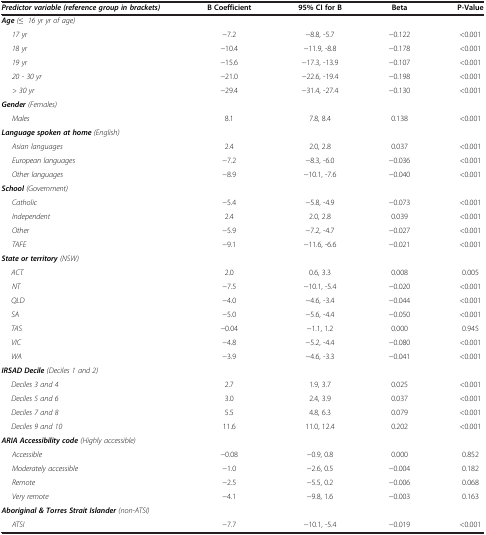
<table><thead><tr><td><b><i>Predictor variable (reference group in brackets)</i></b></td><td><b>B Coefficient</b></td><td><b>95% CI for B</b></td><td><b>Beta</b></td><td><b>P-Value</b></td></tr></thead><tbody><tr><td><b><i>Age</i></b><i>(≤ 16 yr yr of age)</i></td><td> </td><td> </td><td> </td><td> </td></tr><tr><td><i>17 yr</i></td><td>−7.2</td><td>−8.8, -5.7</td><td>−0.122</td><td>&lt;0.001</td></tr><tr><td><i>18 yr</i></td><td>−10.4</td><td>−11.9, -8.8</td><td>−0.178</td><td>&lt;0.001</td></tr><tr><td><i>19 yr</i></td><td>−15.6</td><td>−17.3, -13.9</td><td>−0.107</td><td>&lt;0.001</td></tr><tr><td><i>20 - 30 yr</i></td><td>−21.0</td><td>−22.6, -19.4</td><td>−0.198</td><td>&lt;0.001</td></tr><tr><td><i>&gt; 30 yr</i></td><td>−29.4</td><td>−31.4, -27.4</td><td>−0.130</td><td>&lt;0.001</td></tr><tr><td><b><i>Gender</i></b><i>(Females)</i></td><td> </td><td> </td><td> </td><td> </td></tr><tr><td><i>Males</i></td><td>8.1</td><td>7.8, 8.4</td><td>0.138</td><td>&lt;0.001</td></tr><tr><td><b><i>Language spoken at home</i></b><i>(English)</i></td><td> </td><td> </td><td> </td><td> </td></tr><tr><td><i>Asian languages</i></td><td>2.4</td><td>2.0, 2.8</td><td>0.037</td><td>&lt;0.001</td></tr><tr><td><i>European languages</i></td><td>−7.2</td><td>−8.3, -6.0</td><td>−0.036</td><td>&lt;0.001</td></tr><tr><td><i>Other languages</i></td><td>−8.9</td><td>−10.1, -7.6</td><td>−0.040</td><td>&lt;0.001</td></tr><tr><td><b><i>School</i></b><i>(Government)</i></td><td> </td><td> </td><td> </td><td> </td></tr><tr><td><i>Catholic</i></td><td>−5.4</td><td>−5.8, -4.9</td><td>−0.073</td><td>&lt;0.001</td></tr><tr><td><i>Independent</i></td><td>2.4</td><td>2.0, 2.8</td><td>0.039</td><td>&lt;0.001</td></tr><tr><td><i>Other</i></td><td>−5.9</td><td>−7.2, -4.7</td><td>−0.027</td><td>&lt;0.001</td></tr><tr><td><i>TAFE</i></td><td>−9.1</td><td>−11.6, -6.6</td><td>−0.021</td><td>&lt;0.001</td></tr><tr><td><b><i>State or territory</i></b><i>(NSW)</i></td><td> </td><td> </td><td> </td><td> </td></tr><tr><td><i>ACT</i></td><td>2.0</td><td>0.6, 3.3</td><td>0.008</td><td>0.005</td></tr><tr><td><i>NT</i></td><td>−7.5</td><td>−10.1, -5.4</td><td>−0.020</td><td>&lt;0.001</td></tr><tr><td><i>QLD</i></td><td>−4.0</td><td>−4.6, -3.4</td><td>−0.044</td><td>&lt;0.001</td></tr><tr><td><i>SA</i></td><td>−5.0</td><td>−5.6, -4.4</td><td>−0.050</td><td>&lt;0.001</td></tr><tr><td><i>TAS</i></td><td>−0.04</td><td>−1.1, 1.2</td><td>0.000</td><td>0.945</td></tr><tr><td><i>VIC</i></td><td>−4.8</td><td>−5.2, -4.4</td><td>−0.080</td><td>&lt;0.001</td></tr><tr><td><i>WA</i></td><td>−3.9</td><td>−4.6, -3.3</td><td>−0.041</td><td>&lt;0.001</td></tr><tr><td><b><i>IRSAD Decile</i></b><i>(Deciles 1 and 2)</i></td><td> </td><td> </td><td> </td><td> </td></tr><tr><td><i>Deciles 3 and 4</i></td><td>2.7</td><td>1.9, 3.7</td><td>0.025</td><td>&lt;0.001</td></tr><tr><td><i>Deciles 5 and 6</i></td><td>3.0</td><td>2.4, 3.9</td><td>0.037</td><td>&lt;0.001</td></tr><tr><td><i>Deciles 7 and 8</i></td><td>5.5</td><td>4.8, 6.3</td><td>0.079</td><td>&lt;0.001</td></tr><tr><td><i>Deciles 9 and 10</i></td><td>11.6</td><td>11.0, 12.4</td><td>0.202</td><td>&lt;0.001</td></tr><tr><td><b><i>ARIA Accessibility code</i></b><i>(Highly accessible)</i></td><td> </td><td> </td><td> </td><td> </td></tr><tr><td><i>Accessible</i></td><td>−0.08</td><td>−0.9, 0.8</td><td>0.000</td><td>0.852</td></tr><tr><td><i>Moderately accessible</i></td><td>−1.0</td><td>−2.6, 0.5</td><td>−0.004</td><td>0.182</td></tr><tr><td><i>Remote</i></td><td>−2.5</td><td>−5.5, 0.2</td><td>−0.006</td><td>0.068</td></tr><tr><td><i>Very remote</i></td><td>−4.1</td><td>−9.8, 1.6</td><td>−0.003</td><td>0.163</td></tr><tr><td><b><i>Aboriginal &amp; Torres Strait Islander</i></b><i>(non-ATSI)</i></td><td> </td><td> </td><td> </td><td> </td></tr><tr><td><i>ATSI</i></td><td>−7.7</td><td>−10.1, -5.4</td><td>−0.019</td><td>&lt;0.001</td></tr></tbody></table>